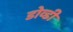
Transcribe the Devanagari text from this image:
डोव्डी